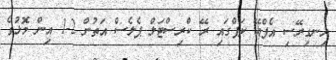
އިނގިރޭސި އެފްއޭ ކަޕްގައި ރޭ ކްރިސްޓަލް ޕެލެސް އަތުން 2-1 އިން މޮޅުވެ